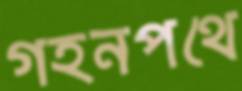
গহনপথে